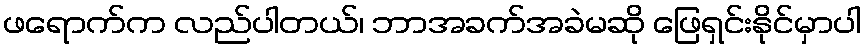
ဖရောက်က လည်ပါတယ်၊ ဘာအခက်အခဲမဆို ဖြေရှင်းနိုင်မှာပါ